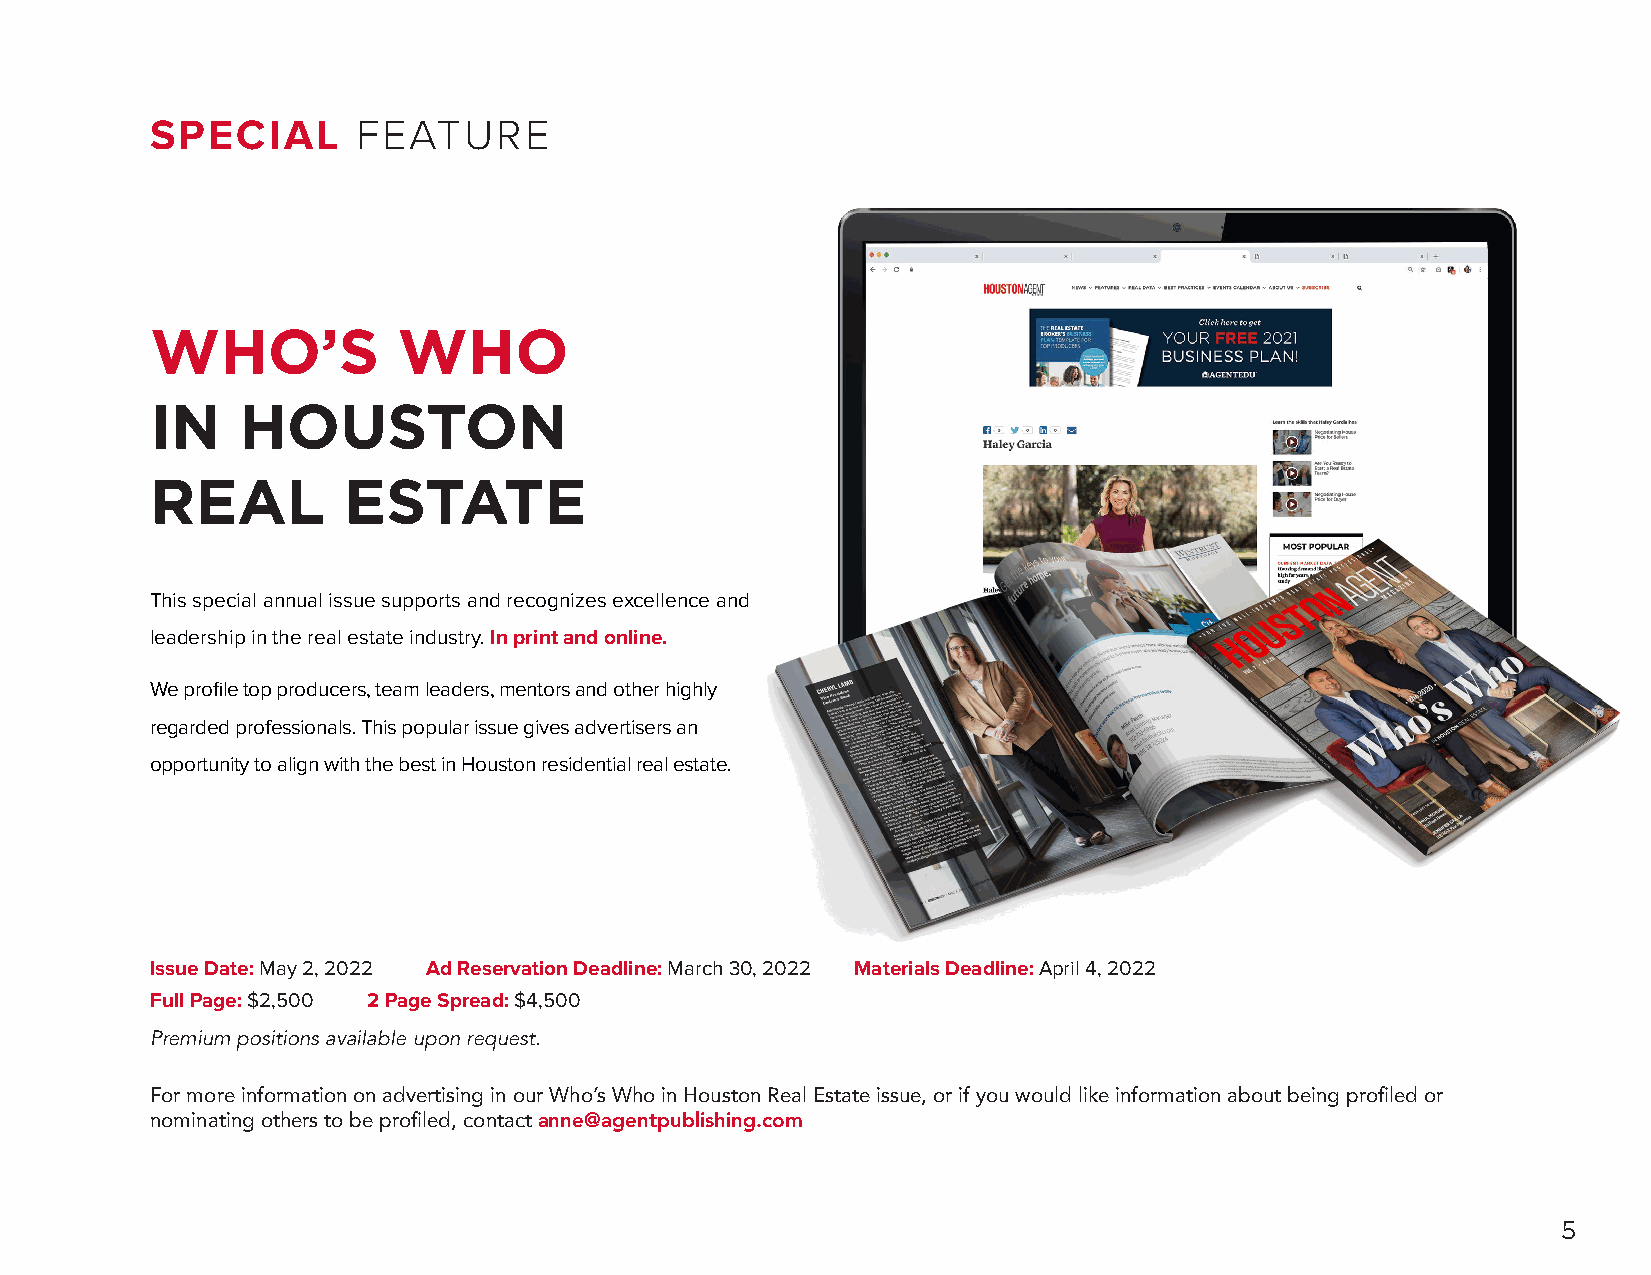
SPECIAL       FEATURE
 WHO’S           WHO
 IN    HOUSTON
 REAL         ESTATE
 This special annual issue supports and recognizes excellence and
 leadership in the real estate industry. In print and online.
 We profile top producers, team leaders, mentors and other highly
 regarded professionals. This popular issue gives advertisers an
 opportunity to align with the best in Houston residential real estate.
 Issue Date: May 2, 2022 Ad Reservation Deadline: March 30, 2022 Materials Deadline: April 4, 2022
 Full Page: $2,500 2 Page Spread: $4,500
 Premium positions available upon request.
 For more information on advertising in our Who’s Who in Houston Real Estate issue, or if you would like information about being profiled or
 nominating others to be profiled, contact anne@agentpublishing.com
 5